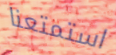
استمتعنا